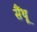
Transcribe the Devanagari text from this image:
सैंथू